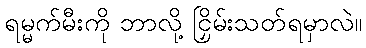
ရမ္မက်မီးကို ဘာလို့ ငြှိမ်းသတ်ရမှာလဲ။